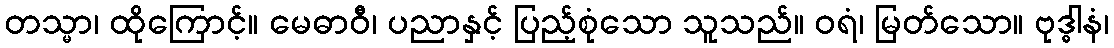
တသ္မာ၊ ထိုကြောင့်။ မေဓာဝီ၊ ပညာနှင့် ပြည့်စုံသော သူသည်။ ဝရံ၊ မြတ်သော။ ဗုဒ္ဓါနံ၊